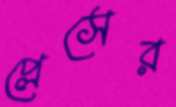
প্লেসের